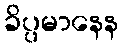
ခိပ္ပမာနေန